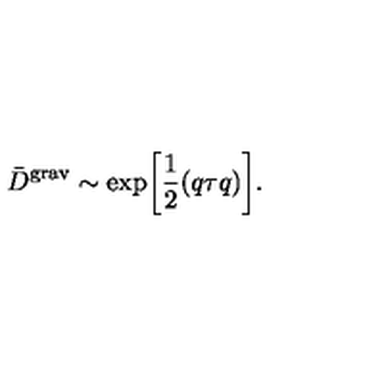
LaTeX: { \bar { D } } ^ { \mathrm { g r a v } } \sim \exp \biggl [ \frac { 1 } { 2 } ( q \tau q ) \biggr ] .